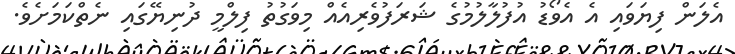
އެލަން ފިޔަވައި އެ އެވޯޑު އުފުލާލުމުގެ ޝަރަފުވެރިއެއް މިވަގުތު ފިލްމީ ދުނިޔޭގައި ނެތްކަމަށެވެ.